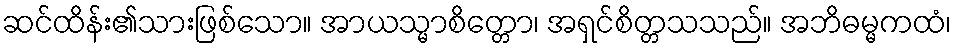
ဆင်ထိန်း၏သားဖြစ်သော။ အာယသ္မာစိတ္တော၊ အရှင်စိတ္တသသည်။ အဘိဓမ္မကထံ၊